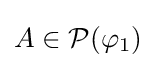
A\in {\mathcal {P}}(\varphi _{1})